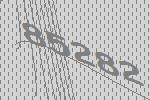
85282